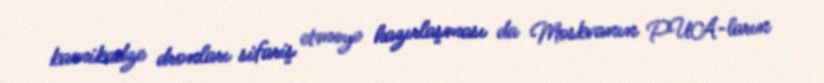
kamikadze dronları sifariş etməyə hazırlaşması da Moskvanın PUA-ların